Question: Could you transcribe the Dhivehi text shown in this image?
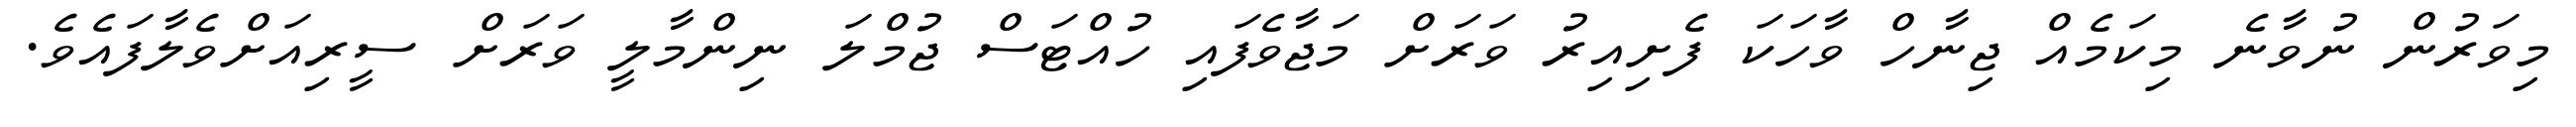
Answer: މިވަރުން ނުވާނެ މިކަމެއް ޖިނާހް ވާހަކަ ފެށިއިރު ވަރަށް މަޖާވެފައި ހުއްޓަސް ޖުމްލަ ނިންމާލީ ވަރަށް ސީރިއަށްވެލާފައެވެ.